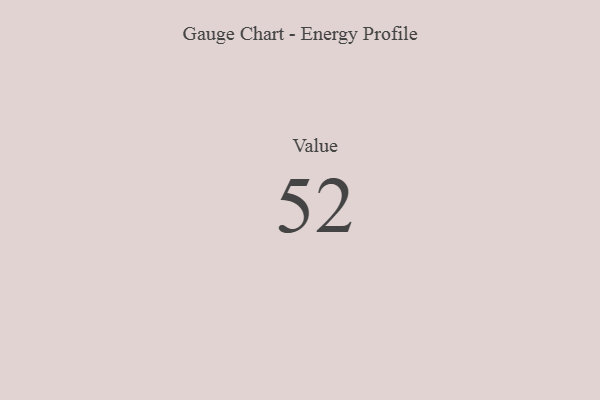
{"axis": {"x": "Metric", "y": "Value"}, "legend": [""], "data": [{"x": "Value", "y": 52, "type": ""}]}